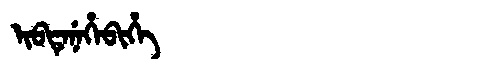
Manchu: ᡳᠪᡨᡝᠨᡝᡥᡝᠪᡳᡥᡝ
Romanization: IBTENEHEBIHE